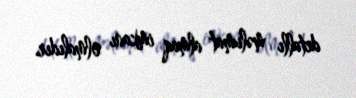
detallı məlumat almaq imkanı olmalıdır.